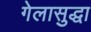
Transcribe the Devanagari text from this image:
गेलासुद्धा